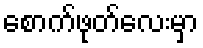
စောက်ဖုတ်လေးမှာ